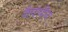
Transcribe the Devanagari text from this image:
नैफ्थीन